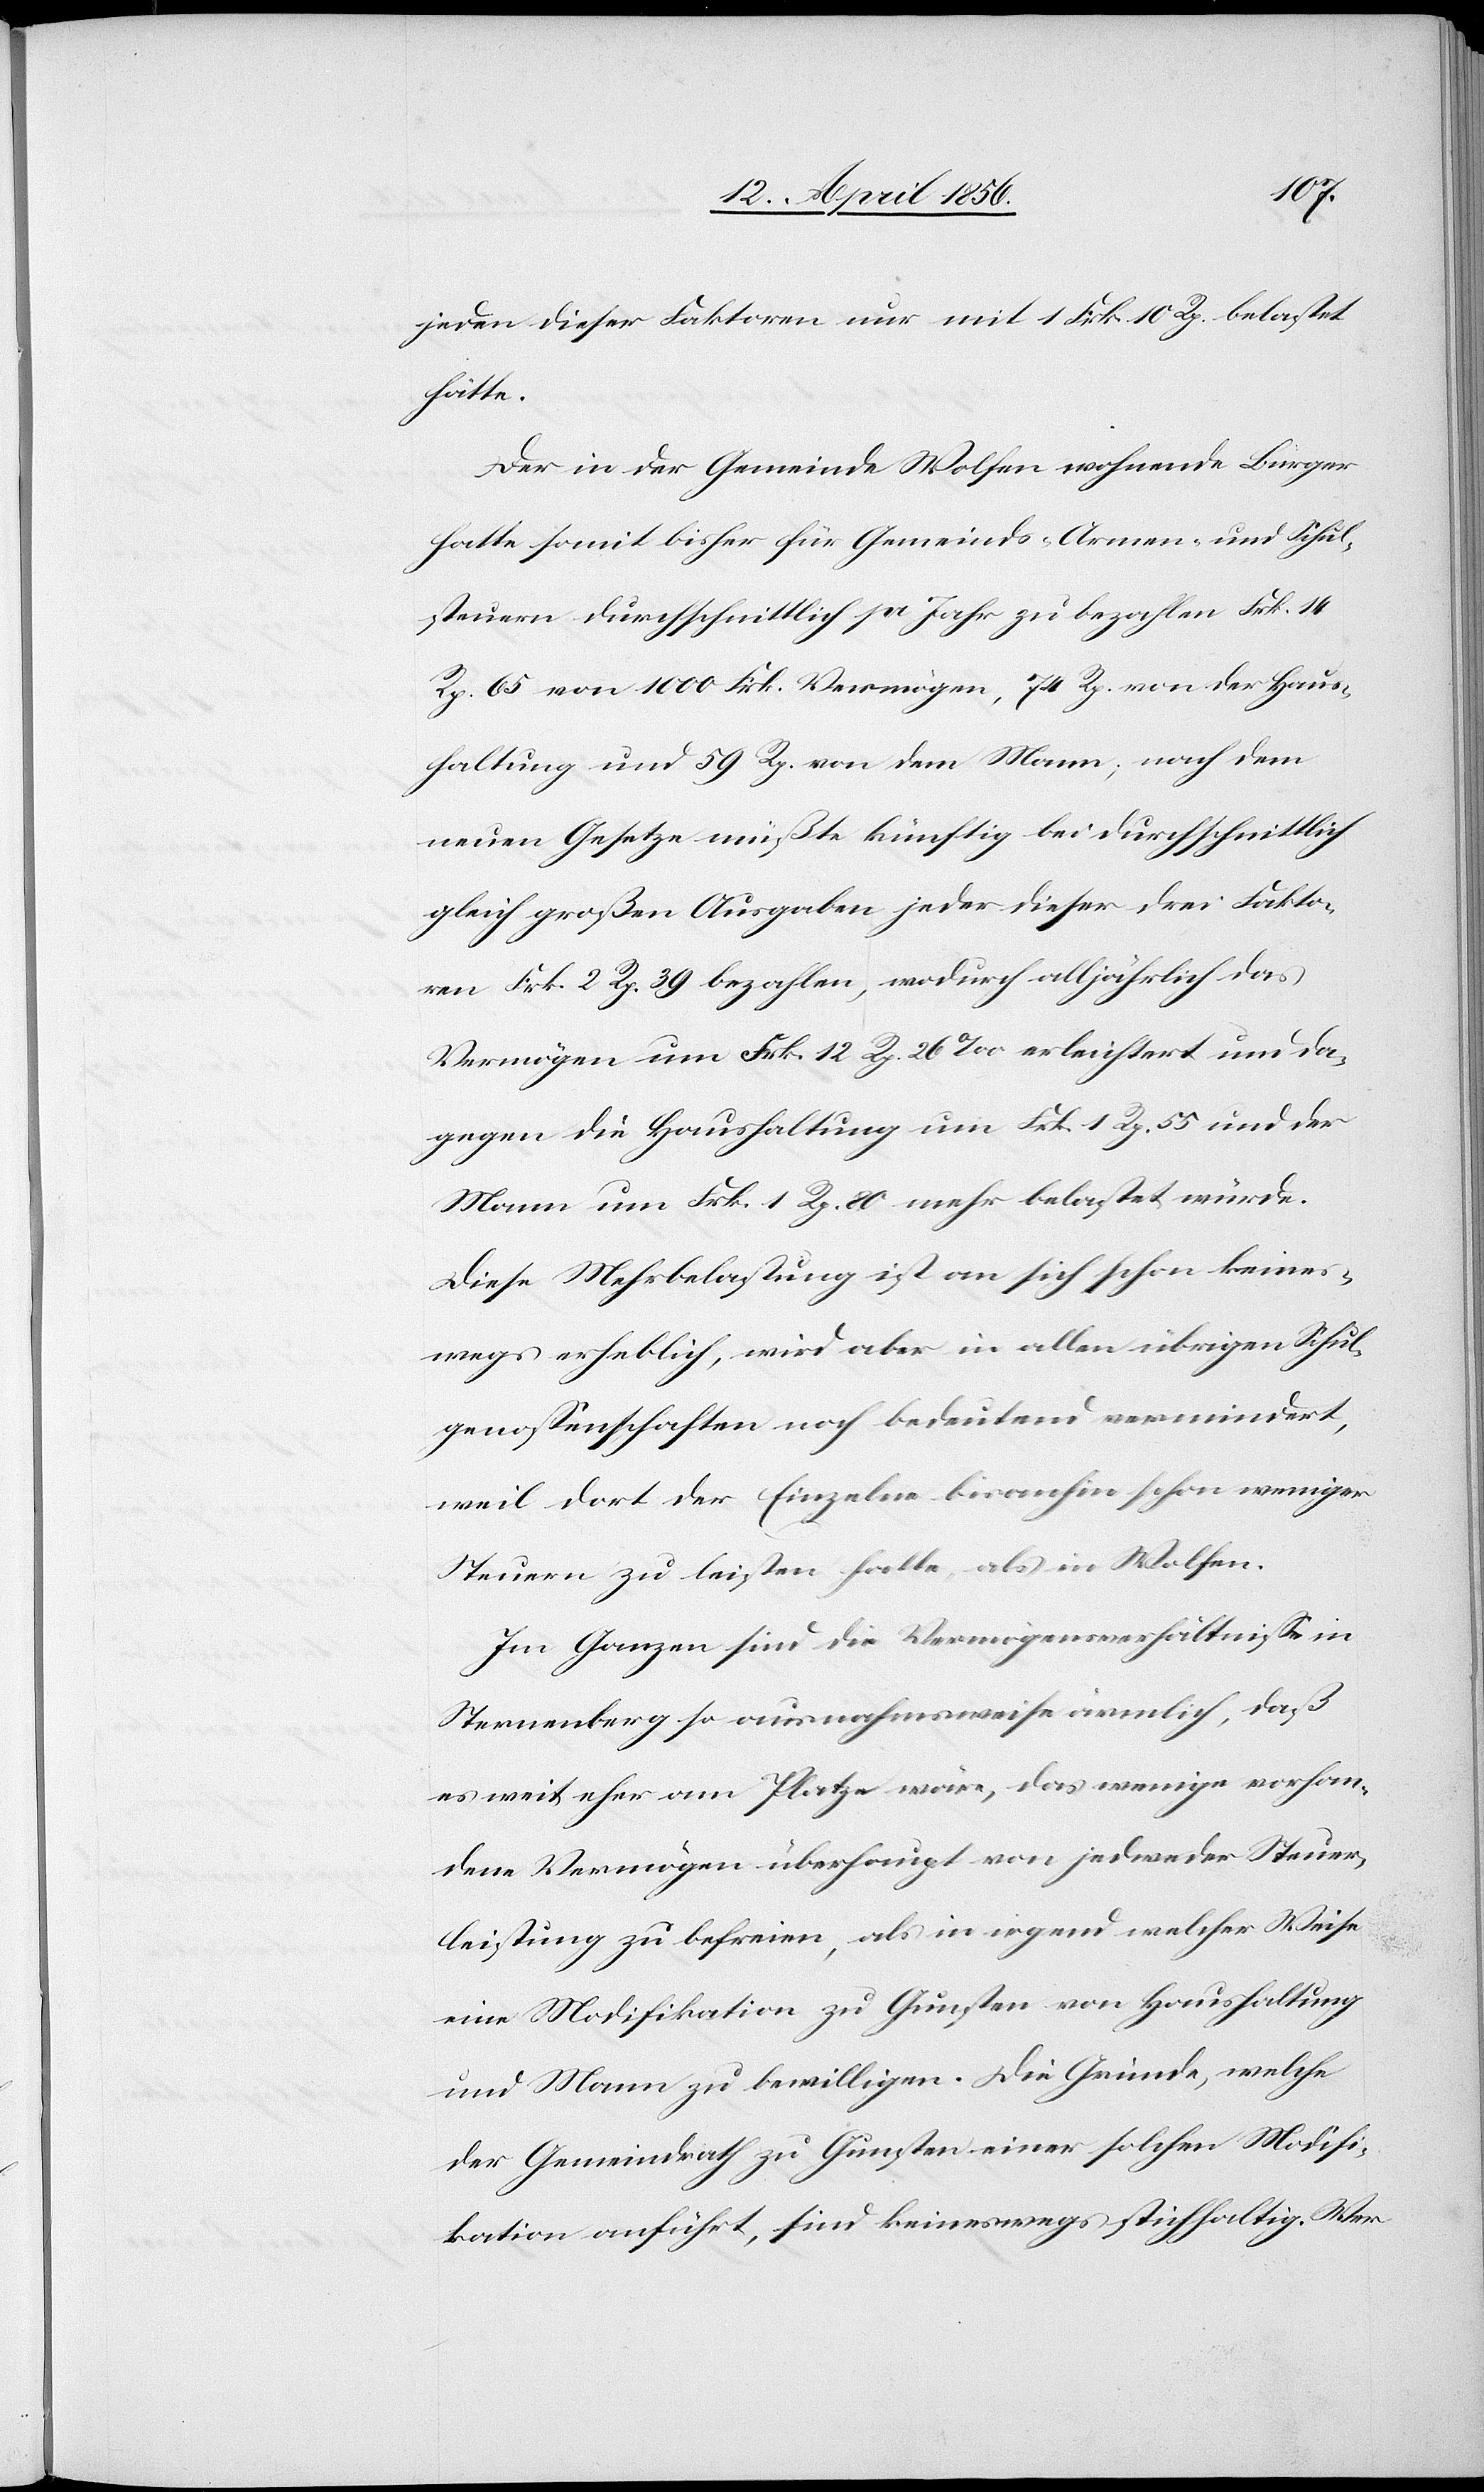
jeden dieser Faktoren nur mit 1 Frk. 10 Rp. belastet
hätte.
Der in der Gemeinde Wolfen wohnende Bürger
hatte somit bisher für Gemeinds- [,] Armen- und Schul¬
steuern durchschnittlich pr Jahr zu bezahlen Frk. 14
Rp. 65 von 1000 Frk. Vermögen, 74 Rp. von der Haus¬
haltung und 59 Rp. von dem Mann; nach dem
neuen Gesetze müßte künftig bei durchschnittlich
gleich großen Ausgaben jeder dieser drei Fakto¬
ren Frk. 2 Rp. 39 bezahlen, wodurch alljährlich das
Vermögen um Frk. 12 Rp. 26 ‰ erleichtert und da¬
gegen die Haushaltung um Frk. 1 Rp. 55 und der
Mann um Frk. 1 Rp. 80 mehr belastet würde.
Diese Mehrbelastung ist an sich schon keines¬
wegs erheblich, wird aber in allen übrigen Schul¬
genossenschaften noch bedeutend vermindert,
weil dort der Einzelne bisanhin schon weniger
Steuern zu leisten hatte, als in Wolfen.
Im Ganzen sind die Vermögensverhältnisse in
Sternenberg so ausnahmsweise ärmlich, daß
es weit eher am Platze wäre, das wenige vorhan¬
dene Vermögen überhaupt von jedweder Steuer¬
leistung zu befreien, als in irgend welcher Weise
eine Modifikation zu Gunsten von Haushaltung
und Mann zu bewilligen. Die Gründe, welche
der Gemeindrath zu Gunsten einer solchen Modifi¬
kation anführt, sind keineswegs stichhaltig. Wer